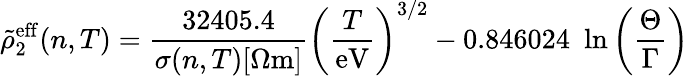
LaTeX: \tilde{\rho}_{2}^{\mathrm{eff}}(n,T)=\frac{32405.4}{\sigma(n,T)[\Omega\mathrm{m}]}\left(\frac{T}{\mathrm{eV}}\right)^{3/2}-0.846024\, \, \ln\left(\frac{\Theta}{\Gamma}\right)